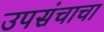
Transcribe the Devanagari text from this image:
उपसंचाचा